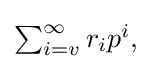
{\textstyle \sum _{i=v}^{\infty }r_{i}p^{i},}